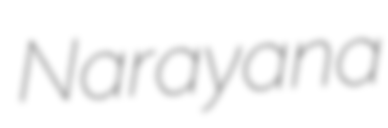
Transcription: Narayana